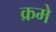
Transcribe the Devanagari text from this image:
क्रमे